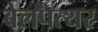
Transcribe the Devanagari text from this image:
बेलपत्थर